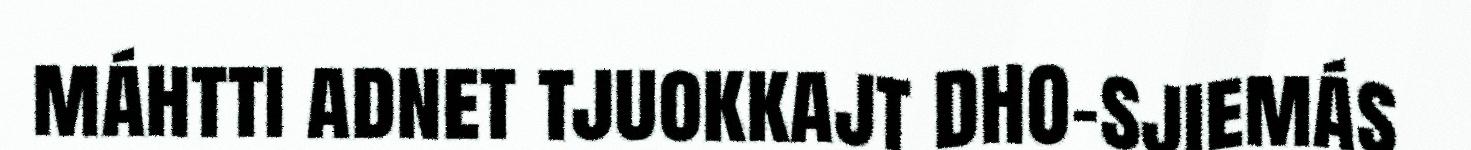
máhtti adnet tjuokkajt DHO-sjiemás